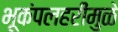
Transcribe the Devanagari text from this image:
भूकंपलहरींमुळे